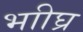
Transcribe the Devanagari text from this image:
भाीघ्र